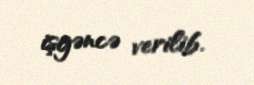
işgəncə verilib.